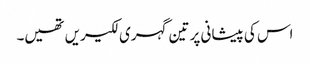
اس کی پیشانی پر تین گہری لکیریں تھیں۔